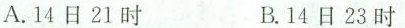
A.14日21时 B.14日23时